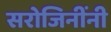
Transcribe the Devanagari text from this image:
सरोजिनींनी